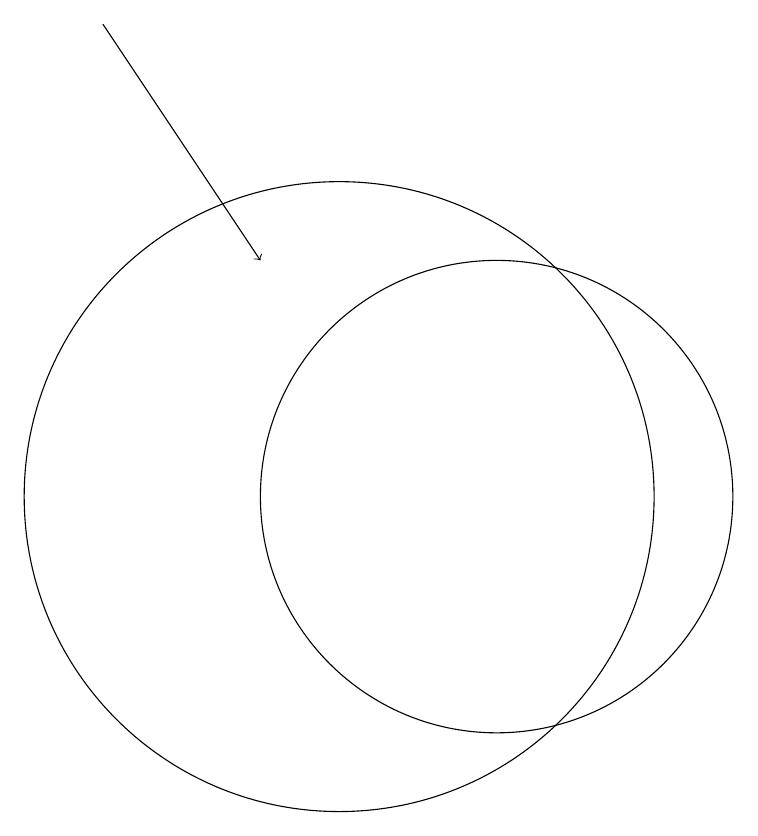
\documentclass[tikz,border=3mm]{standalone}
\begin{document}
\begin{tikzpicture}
\draw[->] (7,17) -- (9,14);
\draw (10,11) circle (4);
\draw (12,11) circle (3);
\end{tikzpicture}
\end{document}